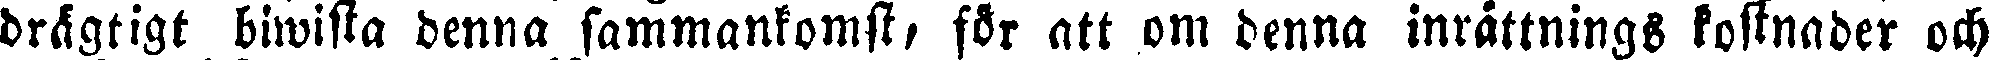
drägtigt biwista denna sammankomst, för att om denna inrättnings kostnader och